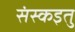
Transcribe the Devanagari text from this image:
संस्कइतु